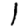
Digit: 1